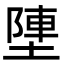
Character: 塦